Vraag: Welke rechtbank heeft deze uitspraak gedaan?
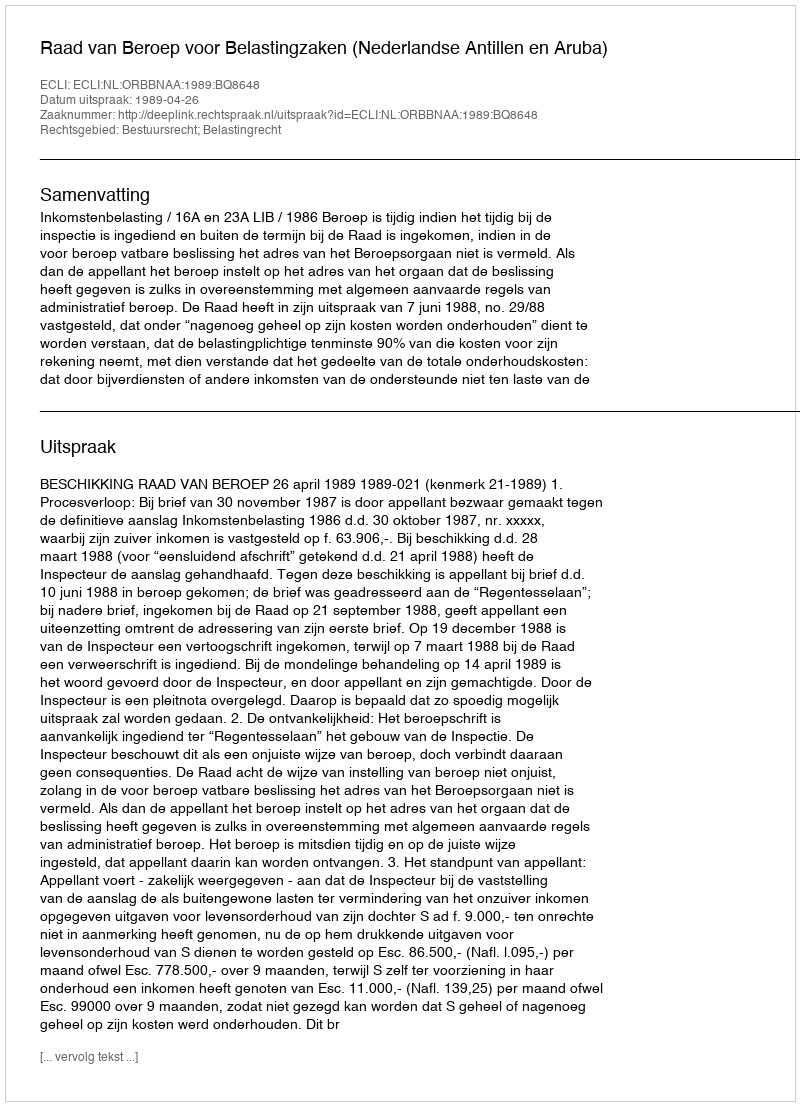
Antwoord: Raad van Beroep voor Belastingzaken (Nederlandse Antillen en Aruba)